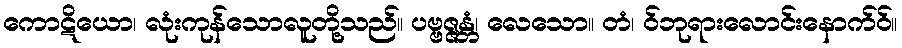
ကောဋိယော၊ လုံးကုန်သောလူတို့သည်။ ပဗ္ဗဇ္ဇန္တံ၊ လေသော။ တံ၊ ဝ်ဘုရားလောင်းနောက်ဝ်။